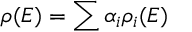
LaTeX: { \rho } ( E ) = \sum { { \alpha } _ { i } { \rho } _ { i } ( E ) }